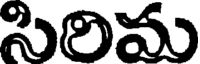
సిరిమ